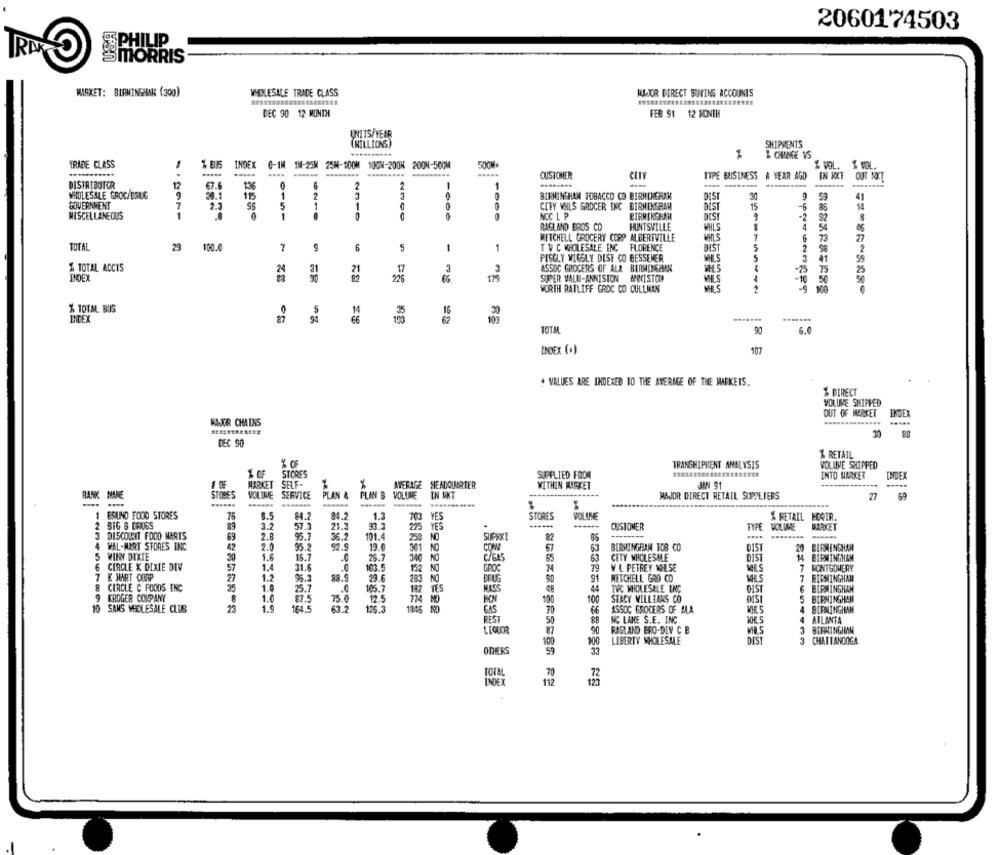
2060174503
SSPHILIP
SMORRIS
MASKET: BIRMINGHAR (300)
WHOLESALE TRADE CLASS
MAJOR DIRECT BUTING ACCOUNTS
DEC 90 12 MONTH
FEB 91 12 MONTH
UNITS/YEAR
(MILLIONS)
SHIPMENTS
X CHANGE VS
TRADE CLASS
50CM+
INDEX 0-1M 1-25M 25M-DOOM 100W-200X 200N-500M
....
% VOL. % VOL.
CUSTOMER
CITY
TYPE BUSINESS A YEAR AGO
IN NXT
CUT NIT
DISTRIBUTOR
12
67.6
136
2
1
WHOLESALE GROC/DRUG
30.1
115
1
BIRMINGHAM TOBACCO CO BIRMINGHAM
DIST
30
59
41
GOVERNMENT
2
2.]
96
5
1
1
CITY WHLS GROCER INC BIRMINGHAM
DIST
15
-5
86
14
1
NCC L P
MISCELLANEOUS
DIST
-2
RAGLAND BROS CD
HUNTSVILLE
WHLS
MITCHELL GROCERY CORP ALBERTVILLE
WHLS
7
27
TOTAL
29
100.0
7
5
-
1
TW C WHOLESALE ING FLORENCE
BEST
5
2
PISGLY WIGGLY DISE CO BESSEMER
WHILS
5
MES
& TOTAL ACCTS
31
21
3
ASSOC GROCERS OF ALA BERMENERAM
-25
INDEX
225
SUPER VALU-ANNISTON ANNISTON
WORTH RATLIFF GROC CO CULLMAN
MES
% TOTAL BUS
0
RE
INDEX
90
6.0
INDEX (.)
107
VALUES ARE INDEXED 10 THE AVERAGE OF THE MARKETS.
% DIRECT
VOLUME SHIPPED
OUT OF MARKET
INDEX
MAUR CHAINS
30
DEC 90
% RETAIL
% OF
TRANSHIPMENT ANALYSIS
VOLUME SHIPPED
STORES
SUPPLIED FROM
INTO MARKET
INDEX
1 OF
MARKET
SELF-
AVERAGE HEADQUARTER
WITHIN MISKET
RANK NANE
STORES
VOLUME
SERVICE
PLAN &
PLAN B
VOLUME
IN AKT
MAJOR DIRECT RETAIL SUPPLIERS
27
ESUNO FOOD STORES
76
$.5
84.2
24.2
1.3
STORES
VOLINE
YES
------
% RETAIL HOOTR.
2 SIG B DRUSS
89
3.2
57.3
21.3
225
YES
.
CUSTOMER
TYPE
VOLUME
MARKET
3 DISCOUNT FOOD MARTS
69
2.8
95.7
36.2
101.4
NO
SUPRICE
82
4
WAL-MART STORES INC
42
20
95.2
19.0
301
NO
67
63
BIRMINGHAM TOB CO
DIST
20
BIRMINGHAM
5 WINY DIXIE
1.6
15.7
.0
26.7
C/GAS
63
CETY WHOLESALE
01ST
14 BIRMINGHAM
CIRCLE X DIXIE DIV
30
1.4
31.6
.C
163.5
NO
65
57
152
NO
GROC
79
V L PETREY MILSE
7 MONTGOMERY
7 K MART CORP
1.2
95.3
88.9
29.6
283 NO
90
HETCHELL GRO CO
MILS
7 BIRMINGHAM
& CIRCLE C FOODS INC
35
1.0
25.7
.0
105.7
192
TES
MASS
TVC WHOLESALE TNC
GIS
6 BIRMINGHAM
9 KROGER COMPANY
1.0
87.5
75.0
125
100
100
STACY WILLIAMS CO
5
BIRMINGHAM
10 SANS WHOLESALE CLUB
25
1.9
164.5
63.2
125.3
GAS
4
BIRMINGHAM
70
66
ASSOC GROCERS OF ALA
REST
50
NC LAKE S.E. INC
WOHLS
4
ATLANTA
LIQUOR
90
RASLAND BRO-DIV C B
3
BIRMINGHAM
100
100
LIBERTY WHOLESALE
DIS
3
CHATTANOOGA
OTHERS
33
TOTAL
20
112
123